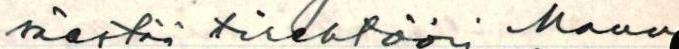
säestää tirehtööri Manu